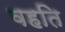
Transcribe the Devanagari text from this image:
वहति